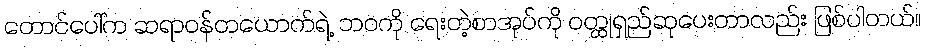
တောင်ပေါ်က ဆရာဝန်တယောက်ရဲ့ ဘဝကို ရေးတဲ့စာအုပ်ကို ဝတ္ထုရှည်ဆုပေးတာလည်း ဖြစ်ပါတယ်။